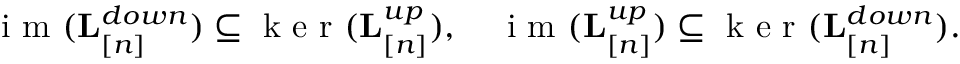
\begin{array} { r } { \mathrm { ~ i ~ m ~ } ( { \bf L } _ { [ n ] } ^ { d o w n } ) \subseteq \mathrm { ~ k ~ e ~ r ~ } ( { \bf L } _ { [ n ] } ^ { u p } ) , \quad \mathrm { ~ i ~ m ~ } ( { \bf L } _ { [ n ] } ^ { u p } ) \subseteq \mathrm { ~ k ~ e ~ r ~ } ( { \bf L } _ { [ n ] } ^ { d o w n } ) . \quad } \end{array}